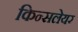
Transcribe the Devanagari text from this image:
किन्सलेयर